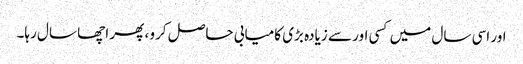
اور اسی سال میں کسی اور سے زیادہ بڑی کامیابی حاصل کرو ، پھر اچھا سال رہا۔